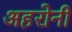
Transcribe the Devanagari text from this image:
अहरोनी